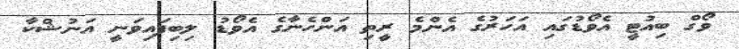
ވޯގް ބިއުޓީ އެވޯޑުގައި އަހަރުގެ އެންމެ ރީތި އަންހެނާގެ އެވޯޑު ލިބިފައިވަނީ އަނުޝްކާ